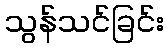
သွန်သင်ခြင်း